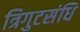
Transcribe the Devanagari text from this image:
त्रिगुटसंधि